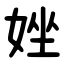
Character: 㛗